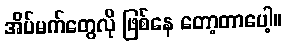
အိပ်မက်တွေလို ဖြစ်နေ တော့တာပေါ့။